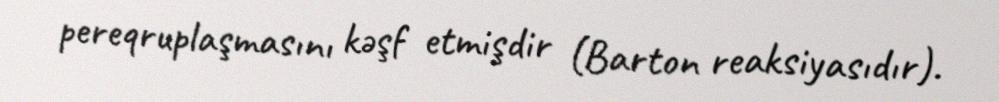
pereqruplaşmasını kəşf etmişdir (Barton reaksiyasıdır).